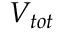
V _ { t o t }